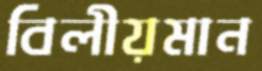
বিলীয়মান